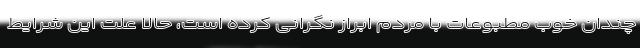
چندان خوب مطبوعات با مردم ابراز نگرانی کرده است، حالا علت این شرایط